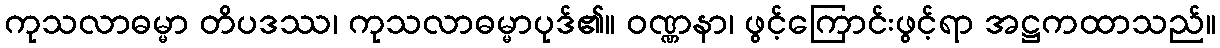
ကုသလာဓမ္မာ တိပဒဿ၊ ကုသလာဓမ္မာပုဒ်၏။ ဝဏ္ဏနာ၊ ဖွင့်ကြောင်းဖွင့်ရာ အဋ္ဌကထာသည်။